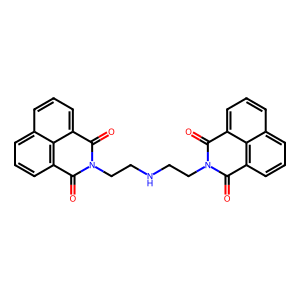
SMILES: O=C1c2cccc3cccc(c23)C(=O)N1CCNCCN1C(=O)c2cccc3cccc(c23)C1=O
Inhibits HIV replication: No